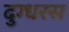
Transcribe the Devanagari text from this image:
दुग्धरस